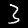
Digit: 3